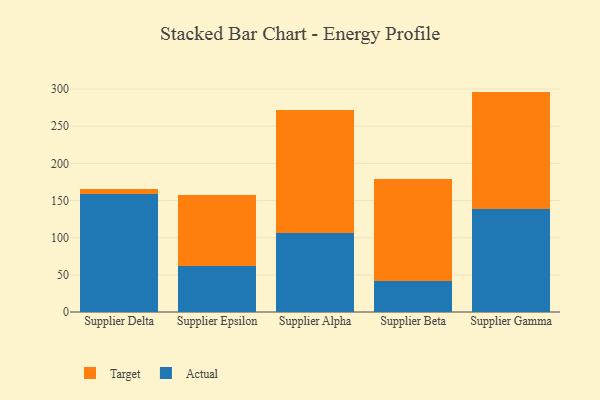
{"axis": {"x": "Supplier", "y": "Temperature (°C)"}, "legend": ["Actual", "Target"], "data": [{"x": "Supplier Delta", "y": 159.3, "type": "Actual"}, {"x": "Supplier Delta", "y": 6.3, "type": "Target"}, {"x": "Supplier Epsilon", "y": 62.6, "type": "Actual"}, {"x": "Supplier Epsilon", "y": 95.5, "type": "Target"}, {"x": "Supplier Alpha", "y": 106.7, "type": "Actual"}, {"x": "Supplier Alpha", "y": 165.3, "type": "Target"}, {"x": "Supplier Beta", "y": 41.7, "type": "Actual"}, {"x": "Supplier Beta", "y": 137.3, "type": "Target"}, {"x": "Supplier Gamma", "y": 138.5, "type": "Actual"}, {"x": "Supplier Gamma", "y": 158.2, "type": "Target"}]}